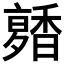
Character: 𩡑